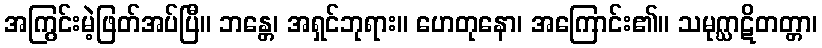
အကြွင်းမဲ့ဖြတ်အပ်ပြီ။ ဘန္တေ၊ အရှင်ဘုရား။ ဟေတုနော၊ အကြောင်း၏။ သမုဂ္ဃာဋိတတ္တာ၊